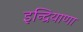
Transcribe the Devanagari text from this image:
इन्द्रियाणा